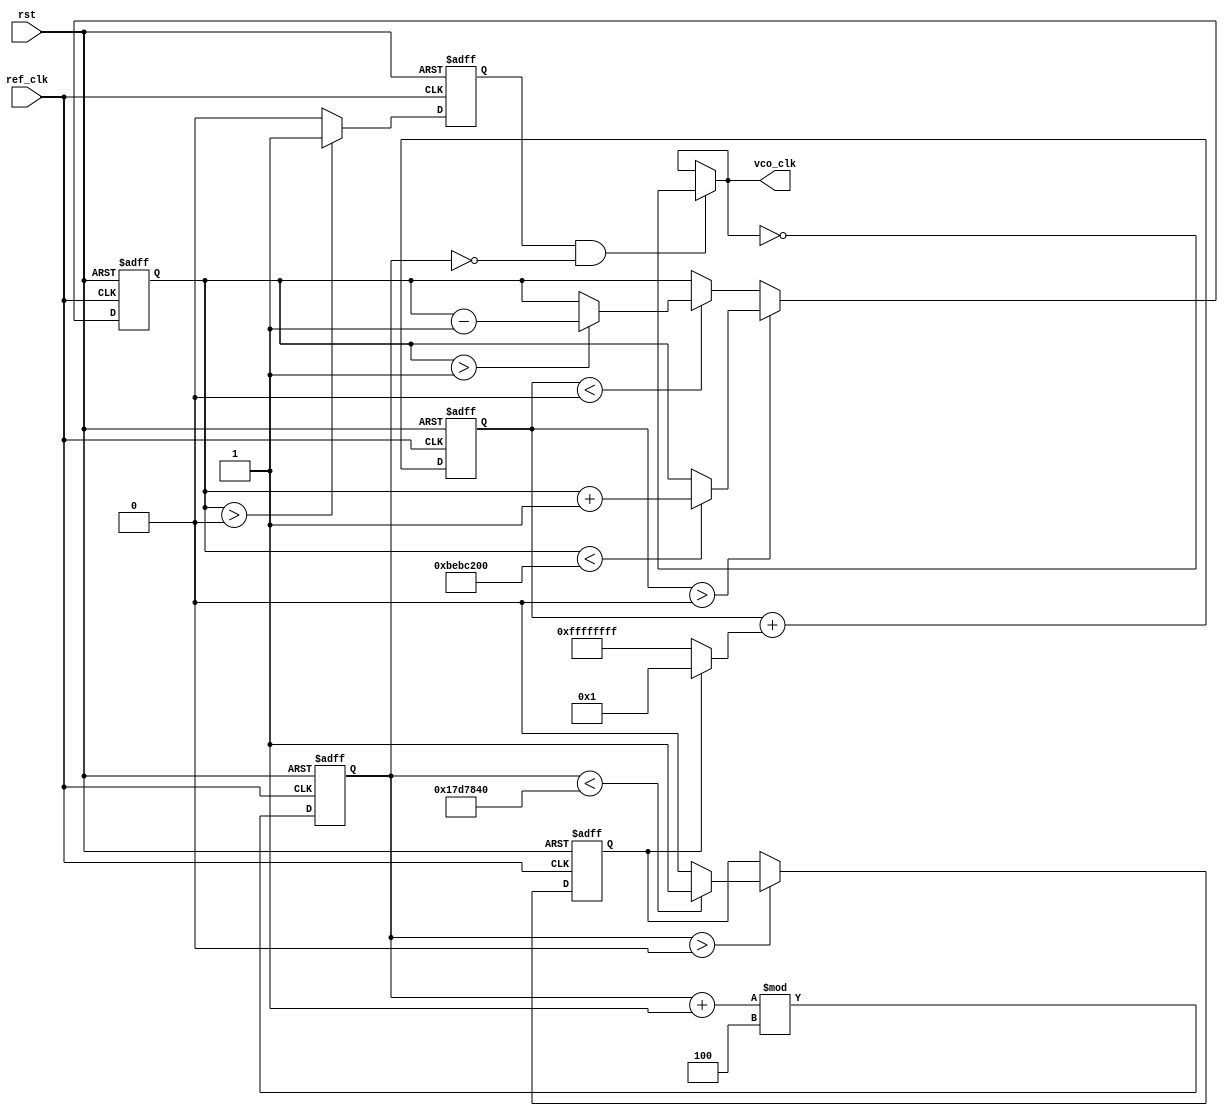
module parameterized_PLL #(
    parameter integer REF_FREQ = 100_000_000,  // Reference clock frequency in Hz
    parameter integer MULT_FACTOR = 8,          // Multiplication factor for VCO
    parameter integer DIV_FACTOR = 4,           // Division factor for feedback clock
    parameter integer VCO_RANGE = 200_000_000   // Maximum VCO frequency in Hz
)(
    input wire ref_clk,        // Reference clock input
    input wire rst,            // Reset signal
    output reg vco_clk         // Output VCO clock
);

// Internal signals
reg vco_en;                  // VCO enable signal
reg [31:0] vco_frequency;    // VCO frequency control signal
reg error_signal;            // Phase error signal for PD
reg [31:0] filtered_signal;  // Filtered signal from Loop Filter
reg [31:0] clock_divider;    // Divider for feedback clock

// Parameters
localparam integer VCO_INIT_FREQ = (REF_FREQ * MULT_FACTOR) / DIV_FACTOR;

// Phase Detector (PD)
always @(posedge ref_clk or posedge rst) begin
    if (rst) begin
        error_signal <= 1'b0;
    end else begin
        // Here we simulate the phase detection based on the feedback clock condition
        if (clock_divider > 0) begin
            error_signal <= (clock_divider < (REF_FREQ / DIV_FACTOR)) ? 1'b1 : 1'b0;  // Example error condition
        end
    end
end

// Loop Filter (Simple First Order)
always @(posedge ref_clk or posedge rst) begin
    if (rst) begin
        filtered_signal <= 0;
    end else begin
        // Simple integrative response based on error signal
        filtered_signal <= filtered_signal + (error_signal ? 1 : -1);
    end
end

// VCO (Simple representation)
// The VCO output frequency is determined by the control voltage (filtered_signal)
always @(posedge ref_clk or posedge rst) begin
    if (rst) begin
        vco_frequency <= VCO_INIT_FREQ;
        vco_en <= 1'b0;
    end else begin
        // Adjust VCO frequency based on the filtered signal, within the specified range
        if (filtered_signal > 0) begin
            vco_frequency <= (vco_frequency < VCO_RANGE) ? vco_frequency + 1 : vco_frequency;
        end else if (filtered_signal < 0) begin
            vco_frequency <= (vco_frequency > 1) ? vco_frequency - 1 : vco_frequency;
        end

        // Generate VCO clock (simple toggling based on frequency for simulation)
        if (vco_frequency > 0) begin
            vco_en <= 1'b1;
        end else begin
            vco_en <= 1'b0;
        end
    end
end

// Divider - Generates feedback clock
always @(posedge ref_clk or posedge rst) begin
    if (rst) begin
        clock_divider <= 0;
    end else begin
        // Simple counter to divide the VCO frequency
        clock_divider <= (clock_divider + 1) % DIV_FACTOR;
    end
end

// Generate the output VCO clock
assign vco_clk = (vco_en && (clock_divider == 0)) ? ~vco_clk : vco_clk;

endmodule